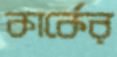
কার্কের